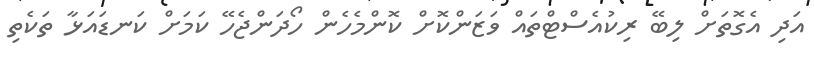
އަދި އެގޮތަށް ލިބޭ ރިކުއެސްޓްތައް ވަޒަންކޮށް ކޮންމެހެން ހޯދަންޖެހޭ ކަމަށް ކަނޑައަޅާ ތަކެތި